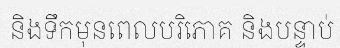
និងទឹកមុនពេលបរិភោគ និងបន្ទាប់